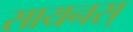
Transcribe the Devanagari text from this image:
सायनस्